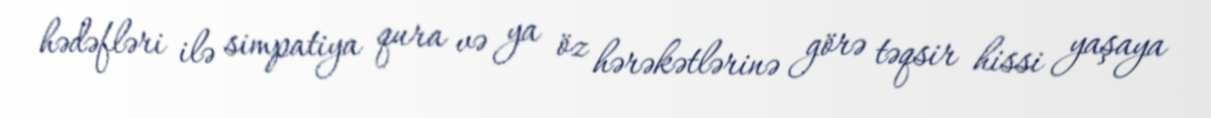
hədəfləri ilə simpatiya qura və ya öz hərəkətlərinə görə təqsir hissi yaşaya